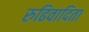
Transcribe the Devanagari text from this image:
रुढिवादिता